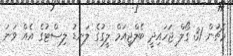
މެޗުން 31 ގޯލް ޖަހައިދީ ބެލްޖިއަމް ލީގުގެ ލަނޑު ލިސްޓުގެ އެއް ވަނަ